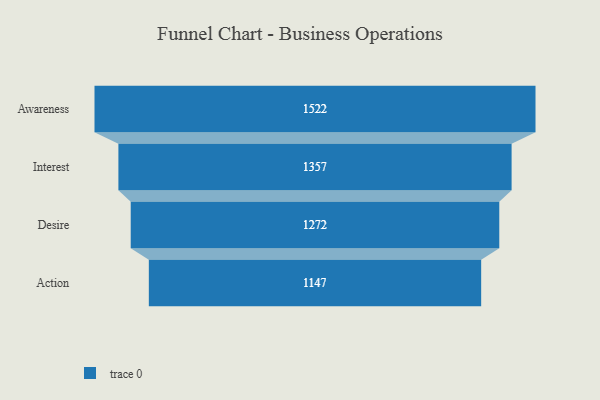
{"axis": {"x": "Stage", "y": "Value"}, "legend": [""], "data": [{"x": "Awareness", "y": 1522.0, "type": ""}, {"x": "Interest", "y": 1357.0, "type": ""}, {"x": "Desire", "y": 1272.0, "type": ""}, {"x": "Action", "y": 1147.0, "type": ""}]}